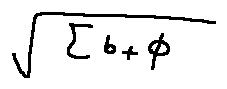
\sqrt { \sum b + \phi }